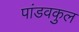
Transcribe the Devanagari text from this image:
पांडवकुल